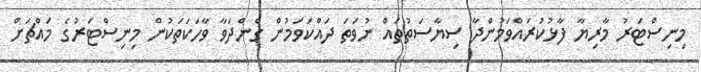
މިނިސްޓަރު މާރިޔާ ފާޅުކުރައްވަމުންދާ ސިޔާސަތުތައް ނުވަތަ ދައްކަވަމުން ގެންދަވާ ވާހަކަތަކުން މިނިސްޓަރުގެ މައްޗަށް